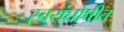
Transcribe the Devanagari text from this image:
स्वयंघोषीत